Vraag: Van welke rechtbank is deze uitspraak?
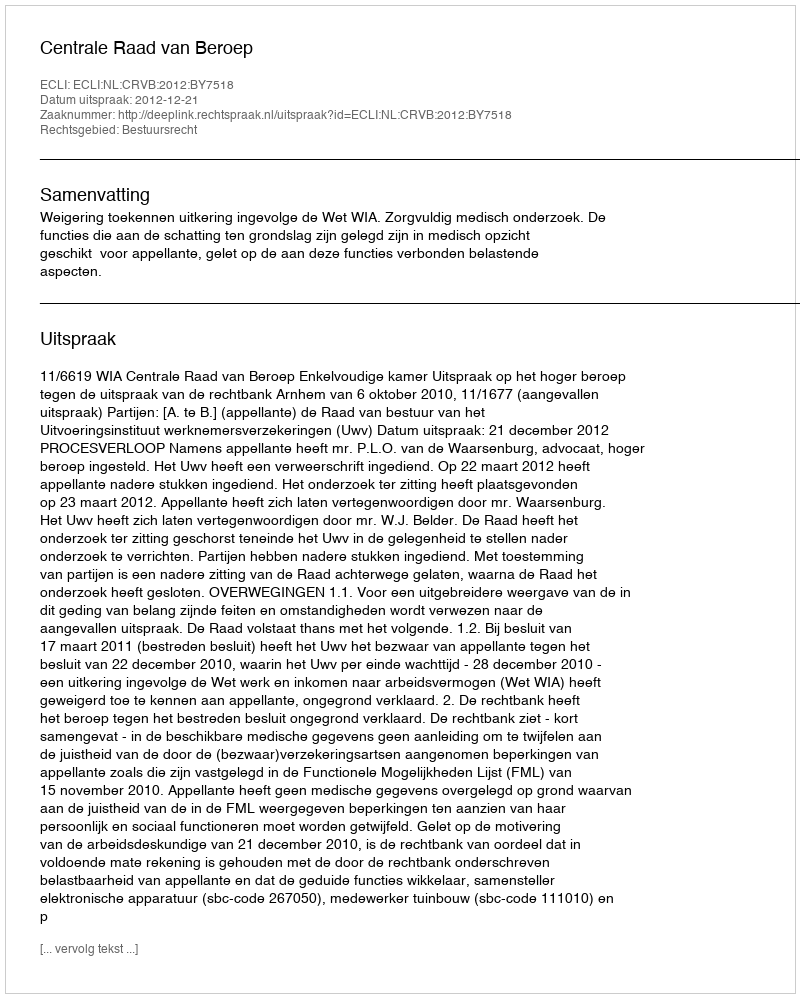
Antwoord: Centrale Raad van Beroep